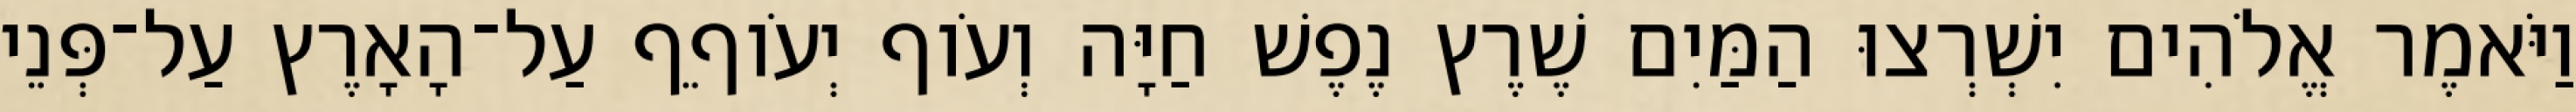
וַיֹּאמֶר אֱלֹהִים יִשְׁרְצוּ הַמַּיִם שֶׁרֶץ נֶפֶשׁ חַיָּה וְעֹוף יְעֹוףֵף עַל־הָאָרֶץ עַל־פְּנֵי